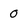
Character: O